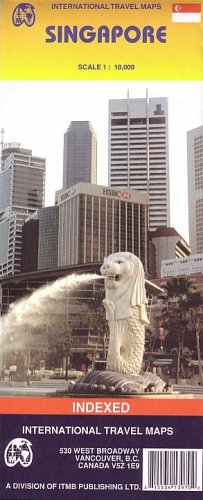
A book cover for Singapore (Travel Reference Map) (International Travel Maps); International Travel maps; Travel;